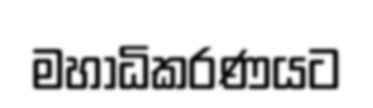
මහාධිකරණයට